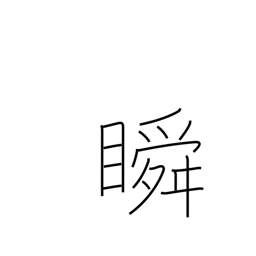
Meaning: wink